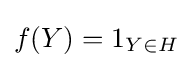
f(Y)=1_{Y\in H}